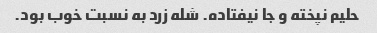
حلیم نپخته و جا نیفتاده. شله زرد به نسبت خوب بود.